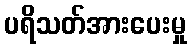
ပရိသတ်အားပေးမှု